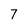
Character: 7